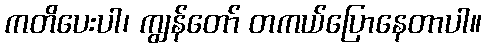
ကတိပေးပါ၊ ကျွန်တော် တကယ်ပြောနေတာပါ။